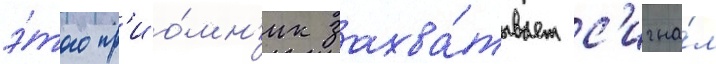
э́того пр'ио́мн'ик захва́тывает с'игна́л